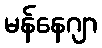
မန်နေဂျာ